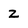
Character: z